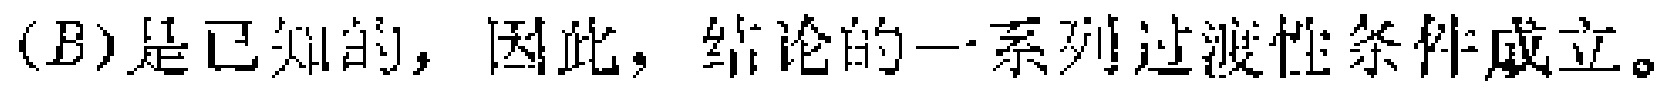
$(B)是已知的，因此，结论的一系列过渡性条件成立。$